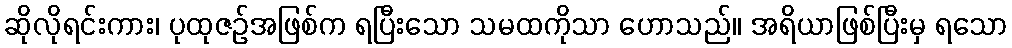
ဆိုလိုရင်းကား၊ ပုထုဇဉ်အဖြစ်က ရပြီးသော သမထကိုသာ ဟောသည်။ အရိယာဖြစ်ပြီးမှ ရသော